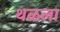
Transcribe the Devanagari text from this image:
थळला